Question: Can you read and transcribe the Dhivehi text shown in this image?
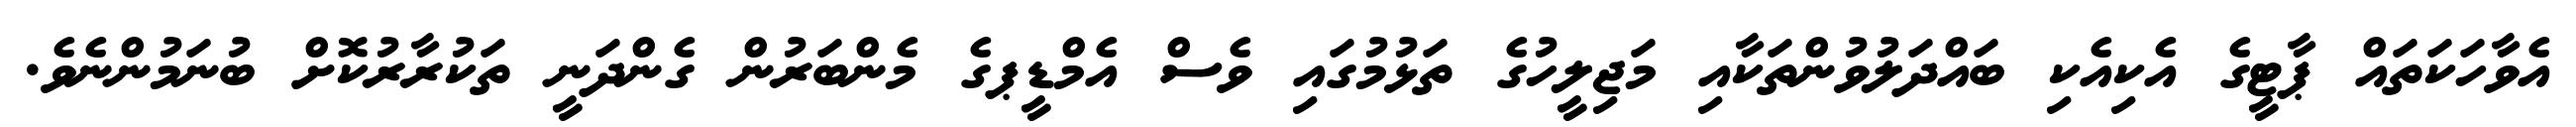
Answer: އެވާހަކަތައް ޕާޓީގެ އެކިއެކި ބައްދަލުވުންތަކާއި މަޖިލީހުގެ ތަޅުމުގައި ވެސް އެމްޑީޕގެ މެންބަރުން ގެންދަނީ ތަކުރާރުކޮށް ބުނަމުންނެވެ.